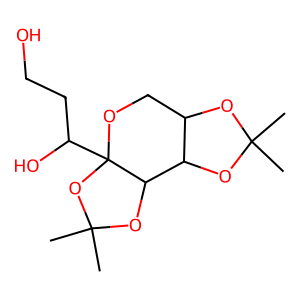
SMILES: CC1(C)OC2COC3(C(O)CCO)OC(C)(C)OC3C2O1
Inhibits HIV replication: No